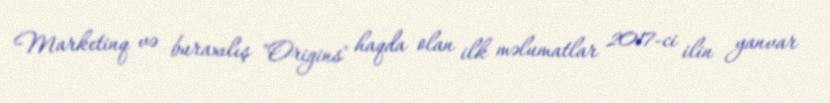
Marketinq və buraxılış "Origins" haqda olan ilk məlumatlar 2017-ci ilin yanvar